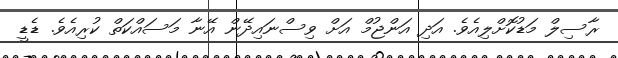
ރާސިލް މަޑުކޮށްލިއެވެ. އަދި އަންޖުމް އަށް ވިސްނައިދޭން އޭނާ މަސައްކަތް ކުރިއެވެ. ޑެޑީ